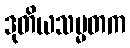
ဒုတိယသမ္မတက